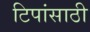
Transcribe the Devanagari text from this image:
टिपांसाठी